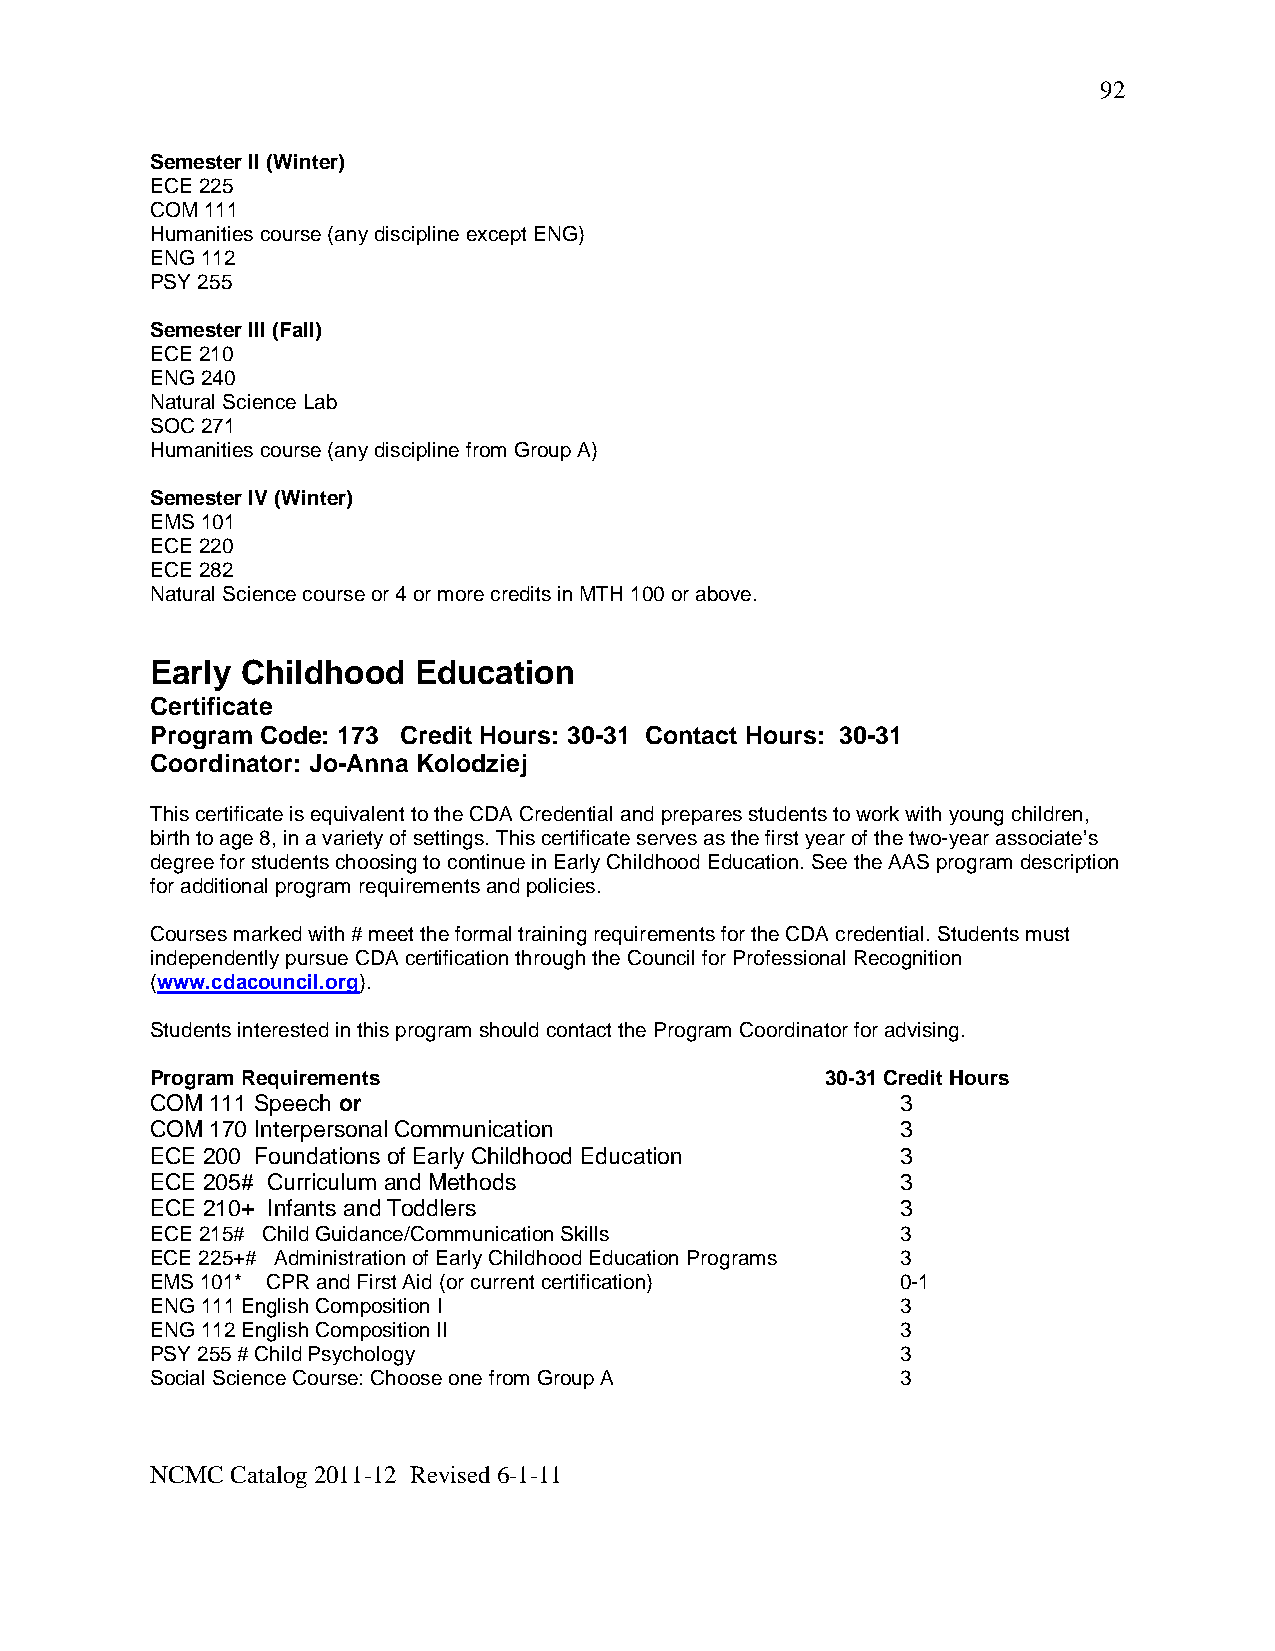
92
 Semester II (Winter)
 ECE 225
 COM 111
 Humanities course (any discipline except ENG)
 ENG 112
 PSY 255
 Semester III (Fall)
 ECE 210
 ENG 240
 Natural Science Lab
 SOC 271
 Humanities course (any discipline from Group A)
 Semester IV (Winter)
 EMS 101
 ECE 220
 ECE 282
 Natural Science course or 4 or more credits in MTH 100 or above.
 Early Childhood  Education
 Certificate
 Program Code: 173 Credit Hours: 30-31 Contact Hours: 30-31
 Coordinator: Jo-Anna Kolodziej
 This certificate is equivalent to the CDA Credential and prepares students to work with young children,
 birth to age 8, in a variety of settings. This certificate serves as the first year of the two-year associate’s
 degree for students choosing to continue in Early Childhood Education. See the AAS program description
 for additional program requirements and policies.
 Courses marked with # meet the formal training requirements for the CDA credential. Students must
 independently pursue CDA certification through the Council for Professional Recognition
 (www.cdacouncil.org).
 Students interested in this program should contact the Program Coordinator for advising.
 Program Requirements                         30-31 Credit Hours
 COM 111 Speech or                                 3
 COM 170 Interpersonal Communication               3
 ECE 200 Foundations of Early Childhood Education  3
 ECE 205# Curriculum and Methods                   3
 ECE 210+ Infants and Toddlers                     3
 ECE 215# Child Guidance/Communication Skills      3
 ECE 225+# Administration of Early Childhood Education Programs 3
 EMS 101* CPR and First Aid (or current certification) 0-1
 ENG 111 English Composition I                     3
 ENG 112 English Composition II                    3
 PSY 255 # Child Psychology                        3
 Social Science Course: Choose one from Group A    3
 NCMC Catalog 2011-12 Revised 6-1-11